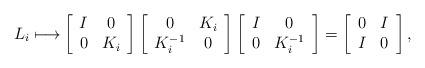
LaTeX: \begin{align*}L_i \longmapsto & \left[\begin{array}{cc} I & 0\\ 0 & K_i\end{array}\right] \left[\begin{array}{cc}0 & K_i\\ K_i^{-1} & 0\end{array}\right]\left[\begin{array}{cc} I & 0\\ 0 & K_i^{-1}\end{array}\right]= \left[\begin{array}{cc} 0 &I \\ I & 0\end{array}\right],\end{align*}